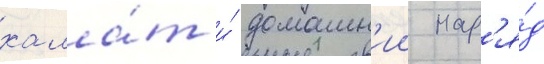
хала́т и́ домашн'ии нар'я́д